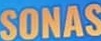
SONAS